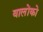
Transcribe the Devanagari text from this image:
वालोंको